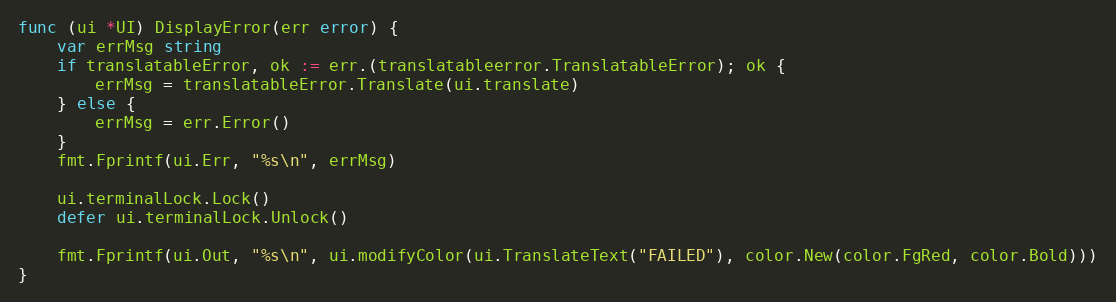
Language: Go
func (ui *UI) DisplayError(err error) {
	var errMsg string
	if translatableError, ok := err.(translatableerror.TranslatableError); ok {
		errMsg = translatableError.Translate(ui.translate)
	} else {
		errMsg = err.Error()
	}
	fmt.Fprintf(ui.Err, "%s\n", errMsg)

	ui.terminalLock.Lock()
	defer ui.terminalLock.Unlock()

	fmt.Fprintf(ui.Out, "%s\n", ui.modifyColor(ui.TranslateText("FAILED"), color.New(color.FgRed, color.Bold)))
}